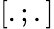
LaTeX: [.;.]